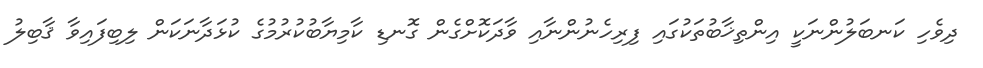
ދިވެހި ކަނބަލުންނަކީ އިންތިޚާބުތަކުގައި ފިރިހެނުންނާއި ވާދަކޮށްގެން ގޮނޑި ކާމިޔާބުކުރުމުގެ ކުޅަދާނަކަން ލިބިފައިވާ ޤާބިލު